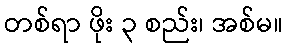
တစ်ရာ ဖိုး ၃ စည်း၊ အစ်မ။